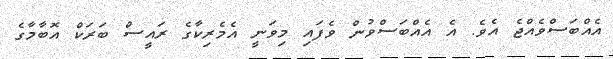
އެއްބަސްވެއްޖެ އެވެ. އެ އެއްބަސްވުން ވެފައި މިވަނީ އެމެރިކާގެ ރައީސް ބަރަކް އޮބާމާގެ